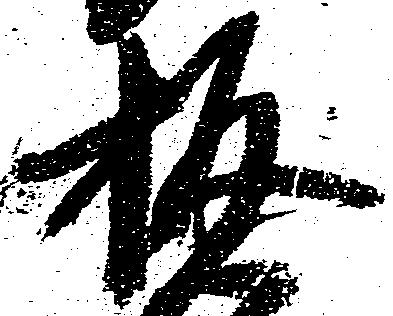
板